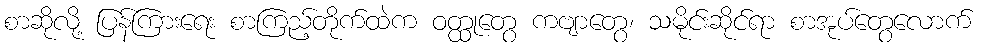
စာဆိုလို့ ပြန်ကြားရေး စာကြည့်တိုက်ထဲက ဝတ္ထုတွေ ကဗျာတွေ၊ သမိုင်းဆိုင်ရာ စာအုပ်တွေလောက်